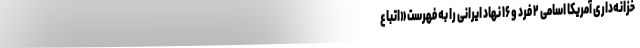
خزانه‌داری آمریکا اسامی ۲ فرد و ۱۶ نهاد ایرانی را به فهرست «اتباع